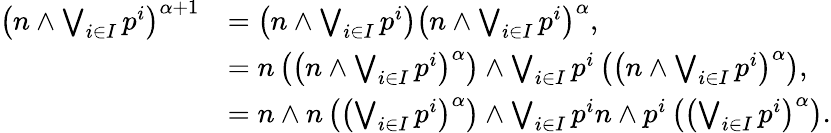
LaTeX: \begin{array}{rl}{\left(n\land\bigvee_{i\in I}p^{i}\right)^{\alpha+1}}&{=\left(n\land\bigvee_{i\in I}p^{i}\right)\left(n\land\bigvee_{i\in I}p^{i}\right)^{\alpha},}\\ &{=n\left(\left(n\land\bigvee_{i\in I}p^{i}\right)^{\alpha}\right)\land\bigvee_{i\in I}p^{i}\left(\left(n\land\bigvee_{i\in I}p^{i}\right)^{\alpha}\right),}\\ &{=n\land n\left(\left(\bigvee_{i\in I}p^{i}\right)^{\alpha}\right)\land\bigvee_{i\in I}p^{i}n\land p^{i}\left(\left(\bigvee_{i\in I}p^{i}\right)^{\alpha}\right).}\end{array}